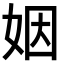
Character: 姻